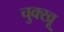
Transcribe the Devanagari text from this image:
चुक्खू